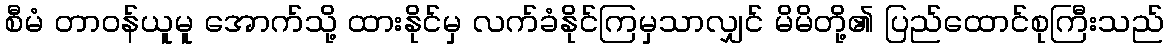
စီမံ တာဝန်ယူမူ အောက်သို့ ထားနိုင်မှ လက်ခံနိုင်ကြမှသာလျှင် မိမိတို့၏ ပြည်ထောင်စုကြီးသည်